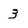
Character: 3